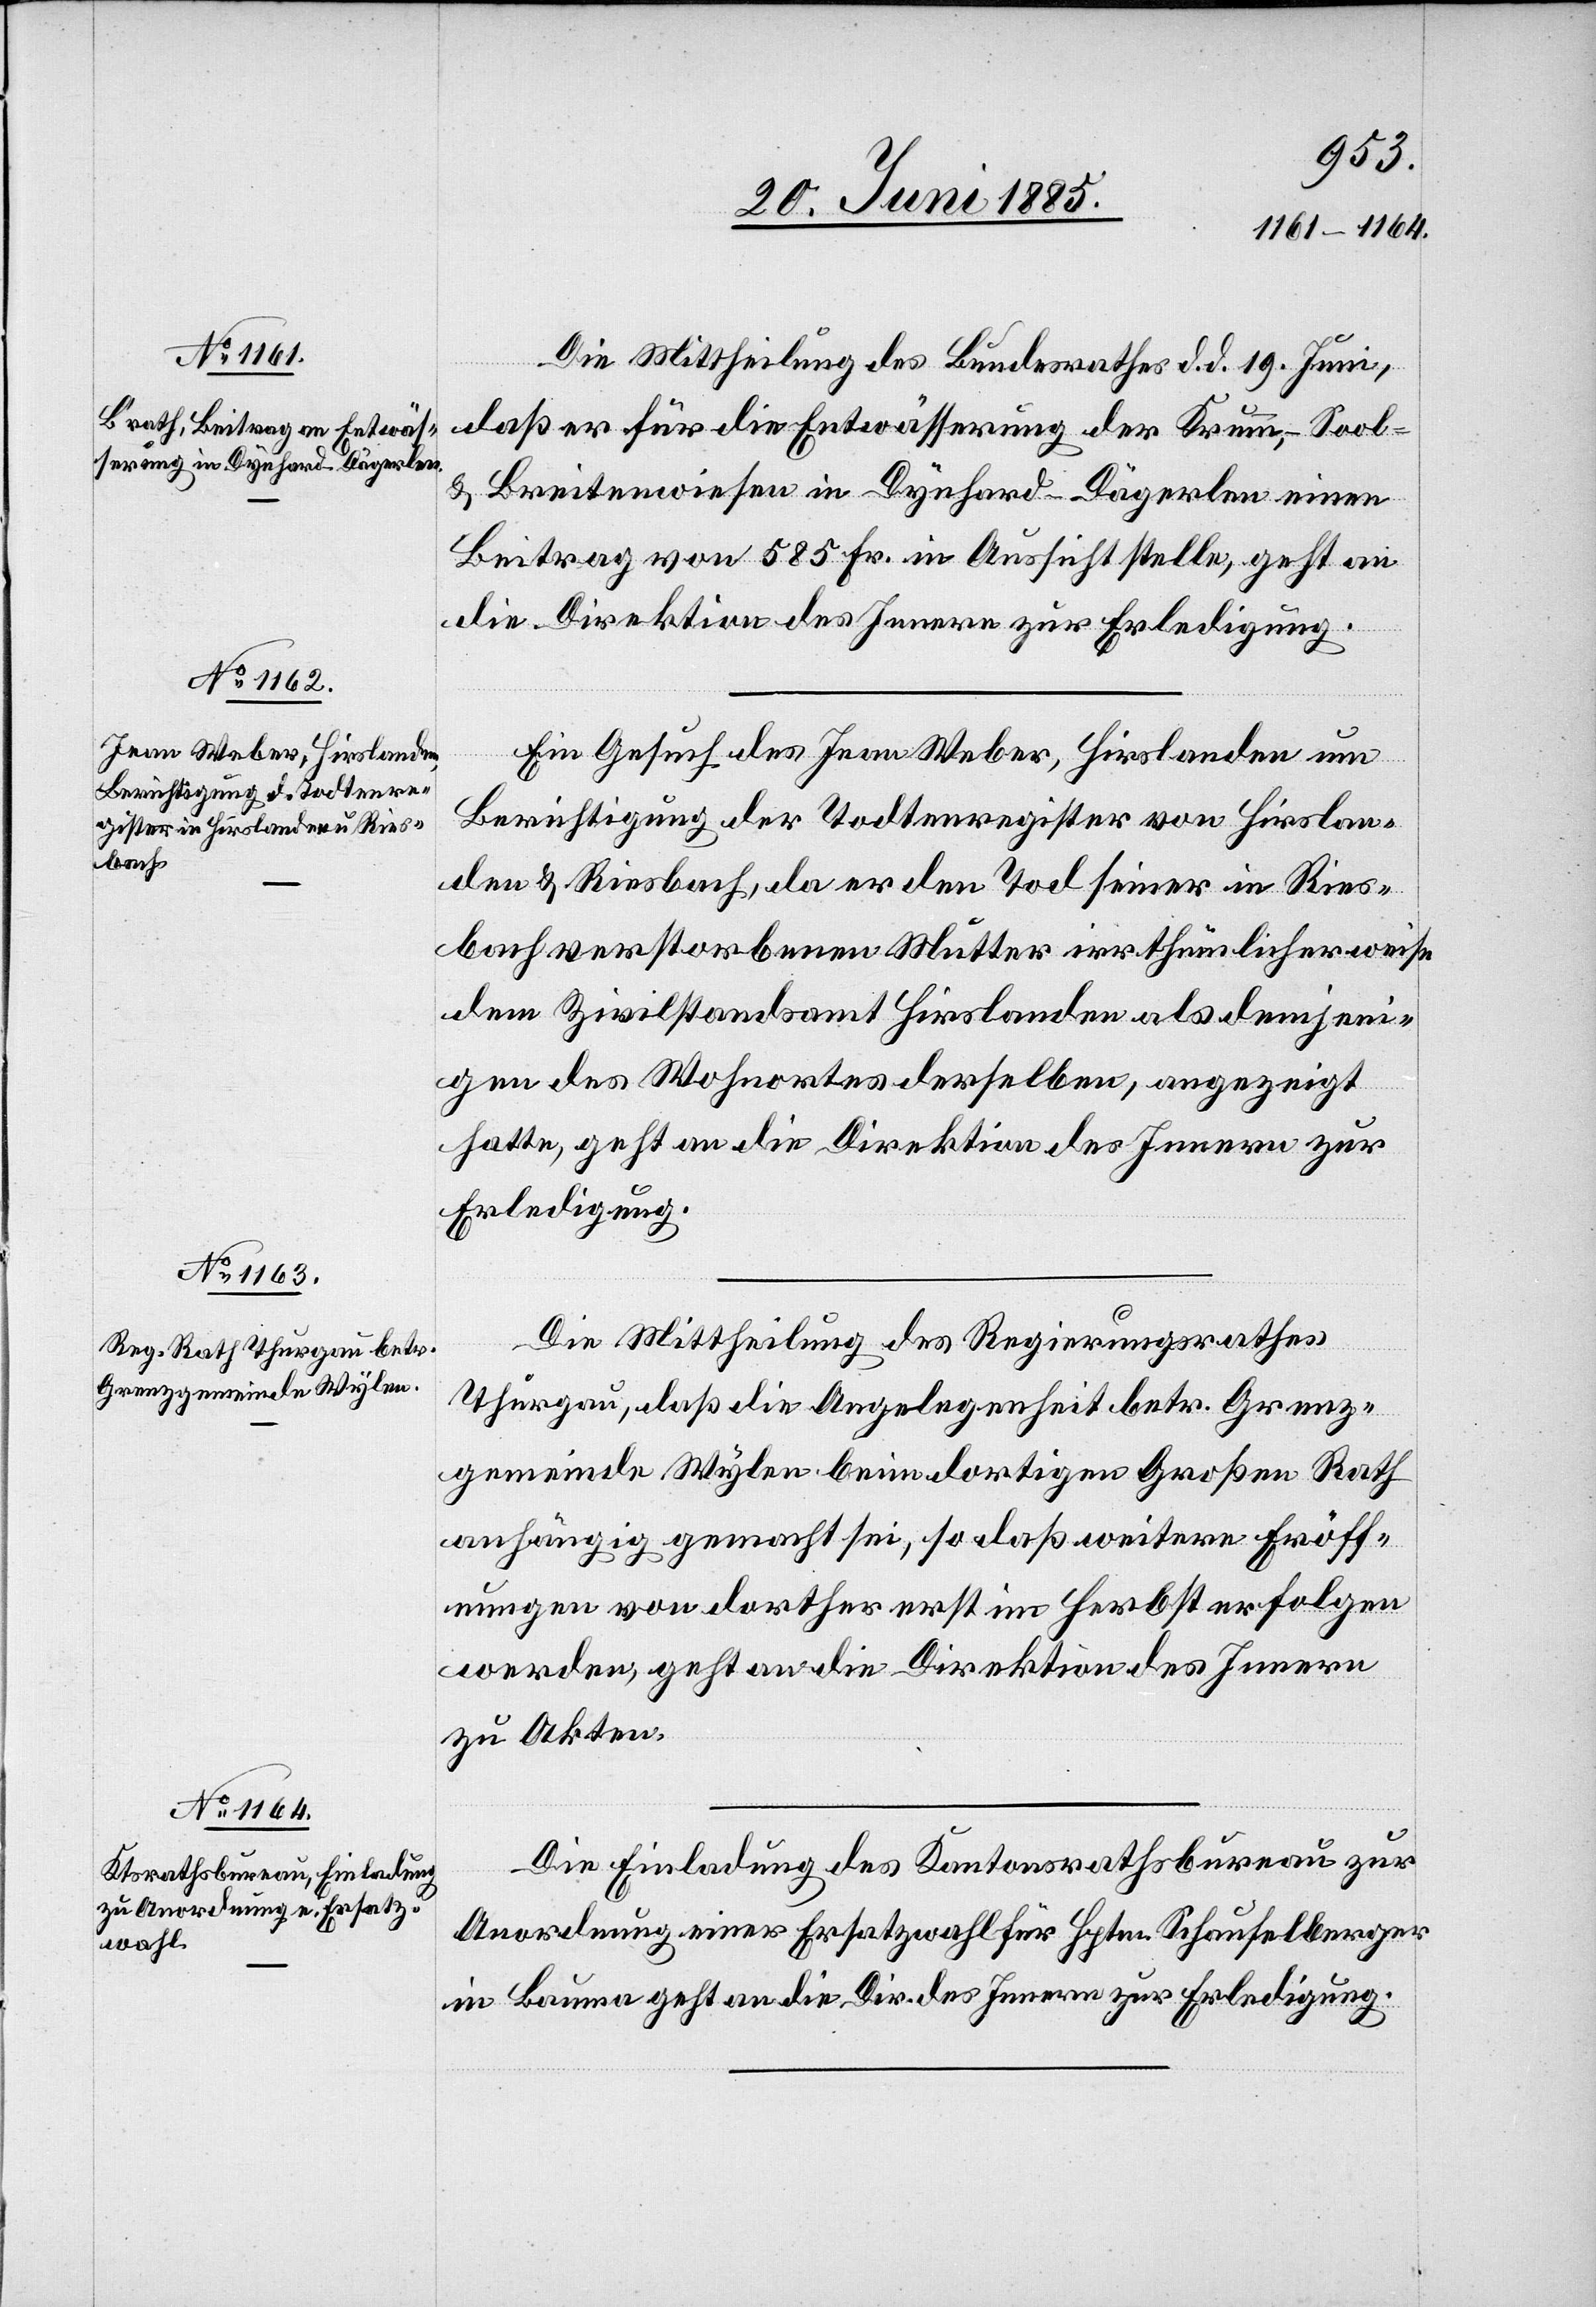
23. Juni 1885.]
Die Mittheilung des Bundesrathes d. d. 19. Juni,
daß er für die Entwässerung der Krumm-, Sool-
& Breitenwiesen in Dynhard - Dägerlen einen
Beitrag von 585 Fr. in Aussicht stelle, geht an
die Direktion des Innern zur Erledigung.
Ein Gesuch des Jean Weber, Hirslanden um
Berichtigung der Todtenregister von Hirslan¬
den & Riesbach, daß er den Tod seiner in Ries¬
bach verstorbenen Mutter irrthümlicherweise
dem Zivilstandsamt Hirslanden als demjeni¬
gen des Wohnortes derselben, angezeigt
hatte, geht an die Direktion des Innern zur
Erledigung.
Die Mittheilung des Regierungsrathes
Thurgau, daß die Angelegenheit betr. Grenz¬
gemeinde Wylen beim dortigen Großen Rath
anhängig gemacht sei, so daß weitere Eröff¬
nungen von dorther erst im Herbst erfolgen
werden, geht an die Direktion des Innern
zu Akten.
Die Einladung des Kantonsrathsbureau zur
Anordnung einer Ersatzwahl für Hptm. Schaufelberger
in Bauma geht an die Dir. des Innern zur Erledigung.